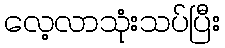
လေ့လာသုံးသပ်ပြီး